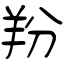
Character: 羒